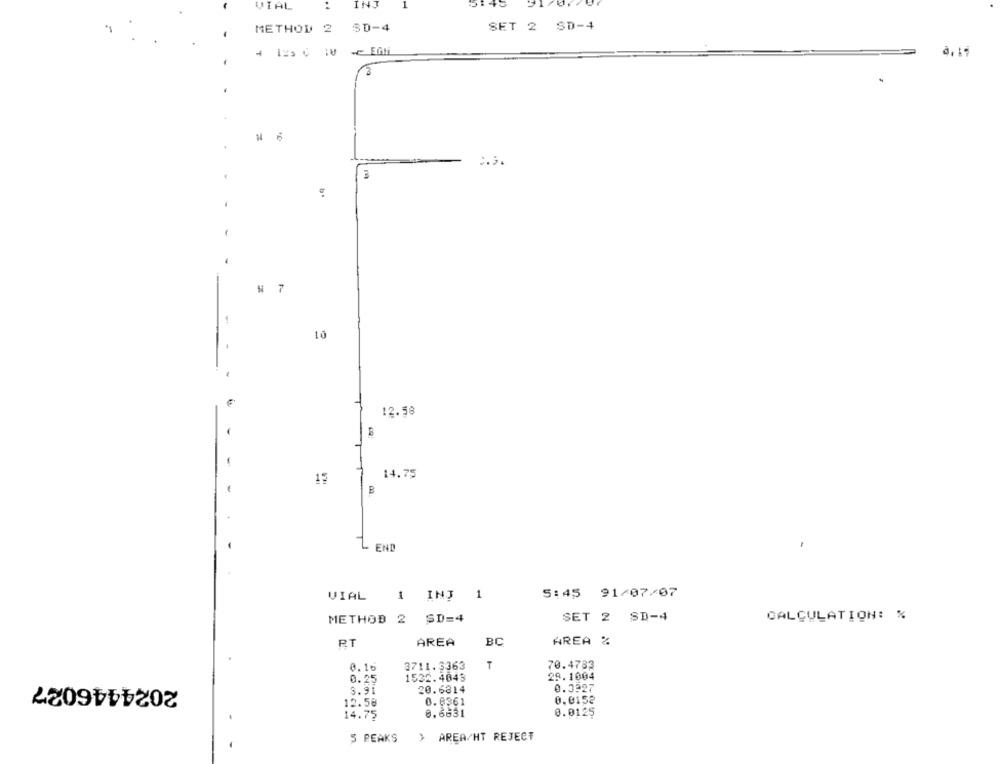
VIAL
INJ
1
METHOD 2 SD-4
SET 2
SD-4
0.1.
7
1
10
12.58
B
14.75
15
E
1
END
VIAL
1 INJ 1
5:45 91/07/07
METHOD 2
SD=4
SET 2
SD-4
CALCULATION: %
AREA
BC
AREA %
R.T
70.4783
0.16
3711.3363
T
2024446027
0.25
1532.4043
29.1004
0.3927
S.91
20.6314
12.58
0.8361
0.0152
14.75
0.6631
0.0125
5 PEAKS
> AREA/HT REJECT